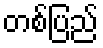
တစ်ပြည်